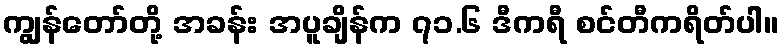
ကျွန်တော်တို့ အခန်း အပူချိန်က ၇၁.၆ ဒီကရီ စင်တီကရိတ်ပါ။